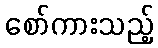
စော်ကားသည့်